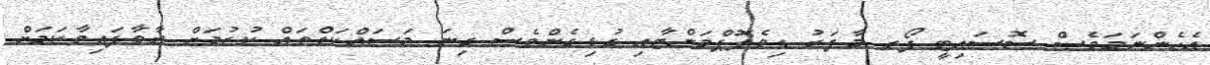
އެހެންނަމަވެސް ސޮސައިޓީ ފޯރ މާފަރު ޑިވެލޮޕްމަންޓާއި ގުޅިގެންވެސް ގިނަ މަސައްކަތްތައް ކުރުމަށް ރާވާފައިވާކަމަށް